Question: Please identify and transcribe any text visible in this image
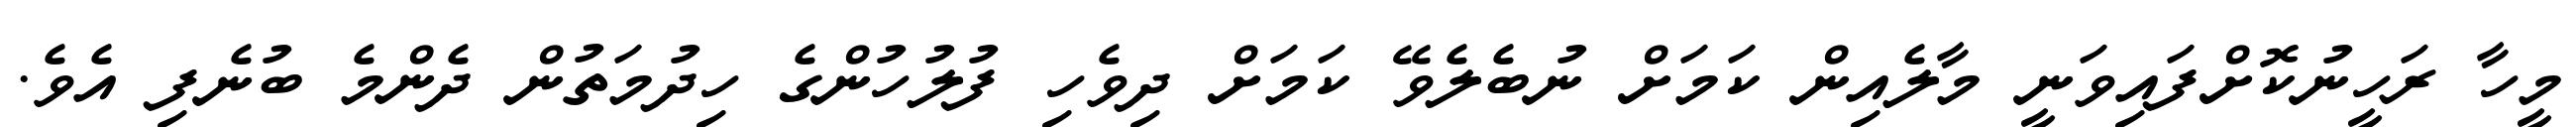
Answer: މީހާ ރަހީނުކޮށްފައިވަނީ މާލެއިން ކަމަށް ނުބެލެވޭ ކަމަށް ދިވެހި ފުލުހުންގެ ހިދުމަތުން ދެންމެ ބުނެފި އެވެ.